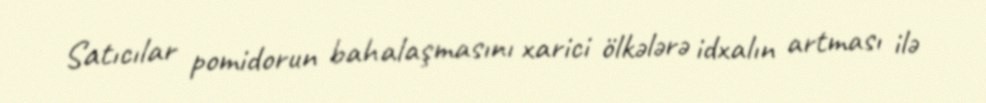
Satıcılar pomidorun bahalaşmasını xarici ölkələrə idxalın artması ilə